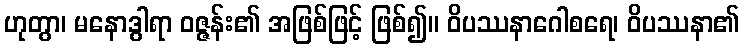
ဟုတွာ၊ မနောဒွါရာ ဝဇ္ဇန်း၏ အဖြစ်ဖြင့် ဖြစ်၍။ ဝိပဿနာဂေါစရေ၊ ဝိပဿနာ၏